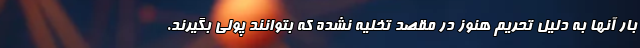
بار آنها به دلیل تحریم هنوز در مقصد تخلیه نشده که بتوانند پولی بگیرند.